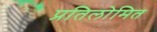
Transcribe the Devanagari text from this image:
प्रतिलोमित